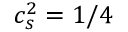
c _ { s } ^ { 2 } = 1 / 4